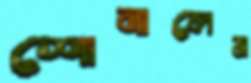
শোনালেম